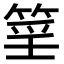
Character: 𥮍